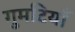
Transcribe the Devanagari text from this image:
गुमटियाँ